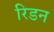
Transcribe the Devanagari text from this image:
रिडन